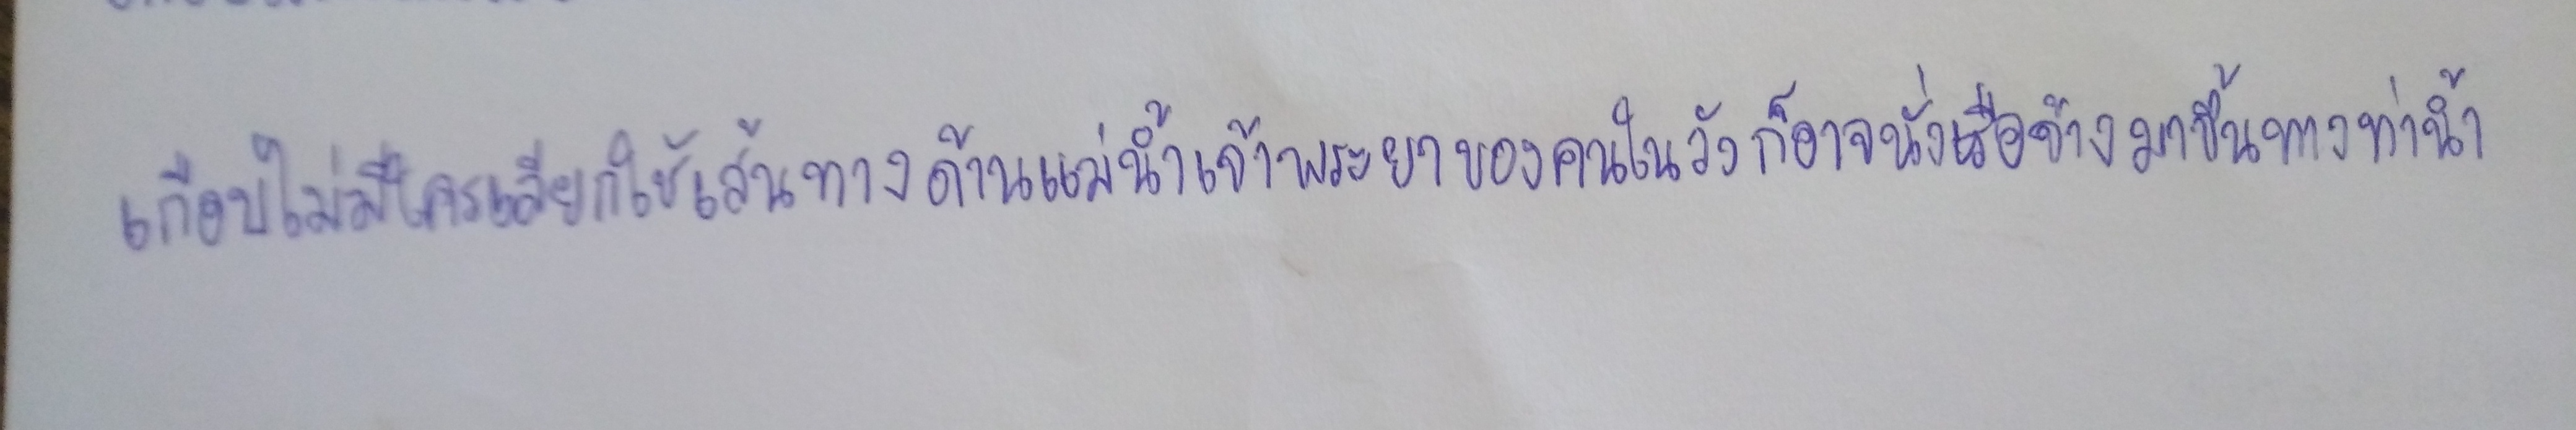
เกือบไม่มีใครเลีอกใช้เส้นทางด้านแม่น้ำเจ้าพระยาของคนในวังก็อาจนั่งเรือจ้างมาขึ้นทางท่าน้ำ